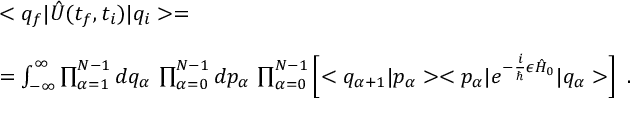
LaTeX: \begin{array} { r l } { { } } & { { < q _ { f } | \hat { U } ( t _ { f } , t _ { i } ) | q _ { i } > = } } \\ { { } } & { { } } \\ { { } } & { { = \int _ { - \infty } ^ { \infty } \prod _ { \alpha = 1 } ^ { N - 1 } d q _ { \alpha } \, \prod _ { \alpha = 0 } ^ { N - 1 } d p _ { \alpha } \, \prod _ { \alpha = 0 } ^ { N - 1 } \left[ < q _ { \alpha + 1 } | p _ { \alpha } > < p _ { \alpha } | e ^ { - \frac { i } { \hbar } \epsilon \hat { H } _ { 0 } } | q _ { \alpha } > \right] \ . } } \end{array}